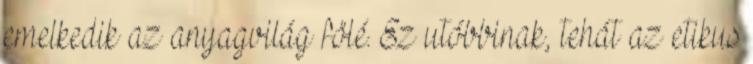
emelkedik az anyagvilág fölé. Ez utóbbinak, tehát az etikus